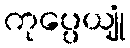
ကုပ္ပေယျုံ